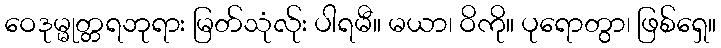
ဝေဒုမ္မုတ္တရဘုရား မြတ်သုံလ်ုး ပါရမီ။ မယာ၊ ဝိကို။ ပုရောတွာ၊ ဖြစ်ရှေ။